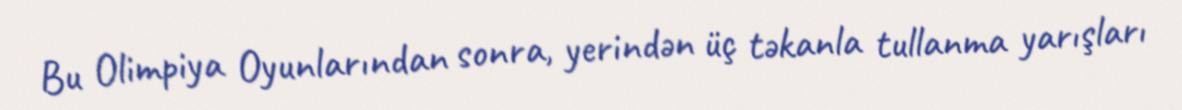
Bu Olimpiya Oyunlarından sonra, yerindən üç təkanla tullanma yarışları